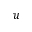
u